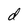
Character: d